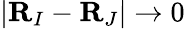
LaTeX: \vert{\mathbf R}_{I}-{\mathbf R}_{J}\vert\rightarrow 0